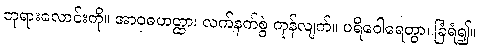
ဘုရားလောင်းကို။ အာဝုဓဟတ္ထာ၊ လက်နက်စွဲ ကုန်လျက်။ ပရိဝေါရေတွာ၊ ခြံရံ၍။